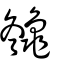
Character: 䶱